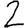
Digit: 2